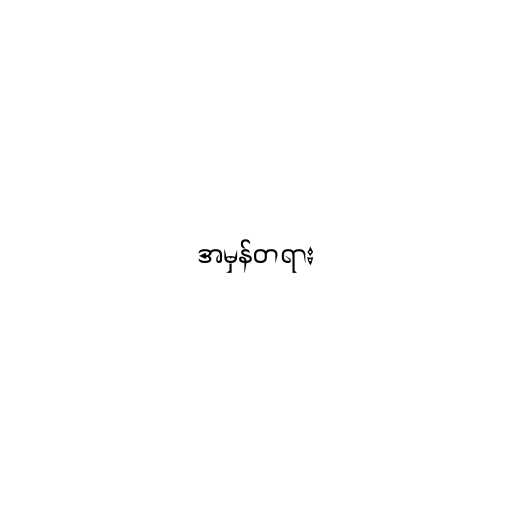
အမှန်တရား